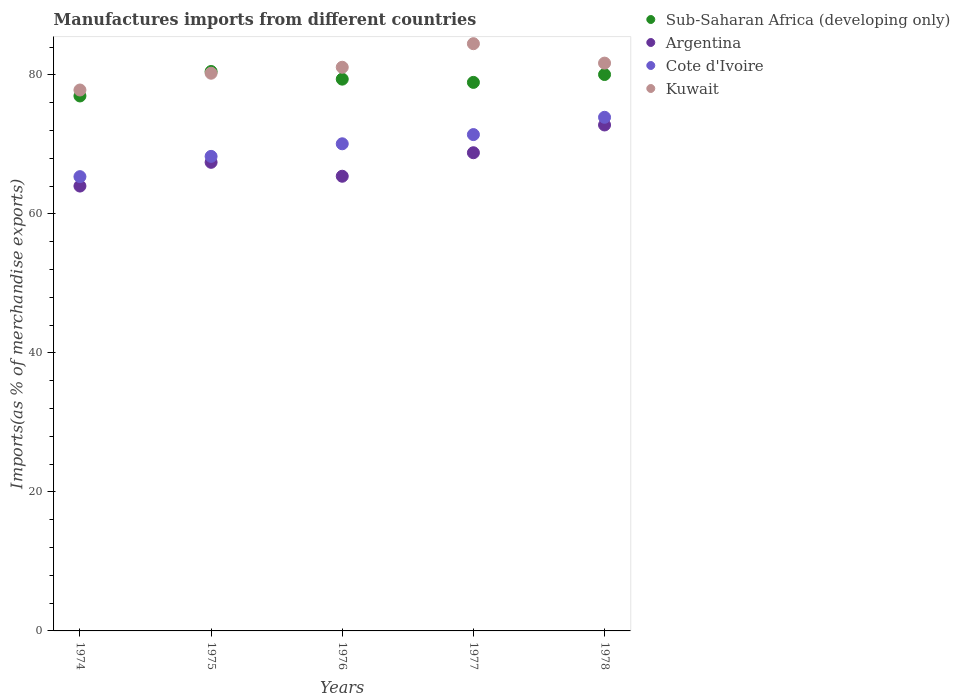
| Years | Sub-Saharan Africa (developing only) | Argentina | Cote d'Ivoire | Kuwait |
 | --- | --- | --- | --- | --- |
 | 1974 | 77 | 64 | 65.4 | 77.8 |
 | 1975 | 80.5 | 67.4 | 68.3 | 80.2 |
 | 1976 | 79.4 | 65.4 | 70.1 | 81.1 |
 | 1977 | 78.9 | 68.8 | 71.4 | 84.5 |
 | 1978 | 80.1 | 72.8 | 73.9 | 81.7 |